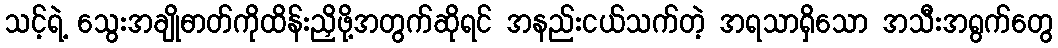
သင့်ရဲ့ သွေးအချိုဓာတ်ကိုထိန်းညှိဖို့အတွက်ဆိုရင် အနည်းငယ်သက်တဲ့ အရသာရှိသော အသီးအရွက်တွေ